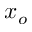
x _ { o }